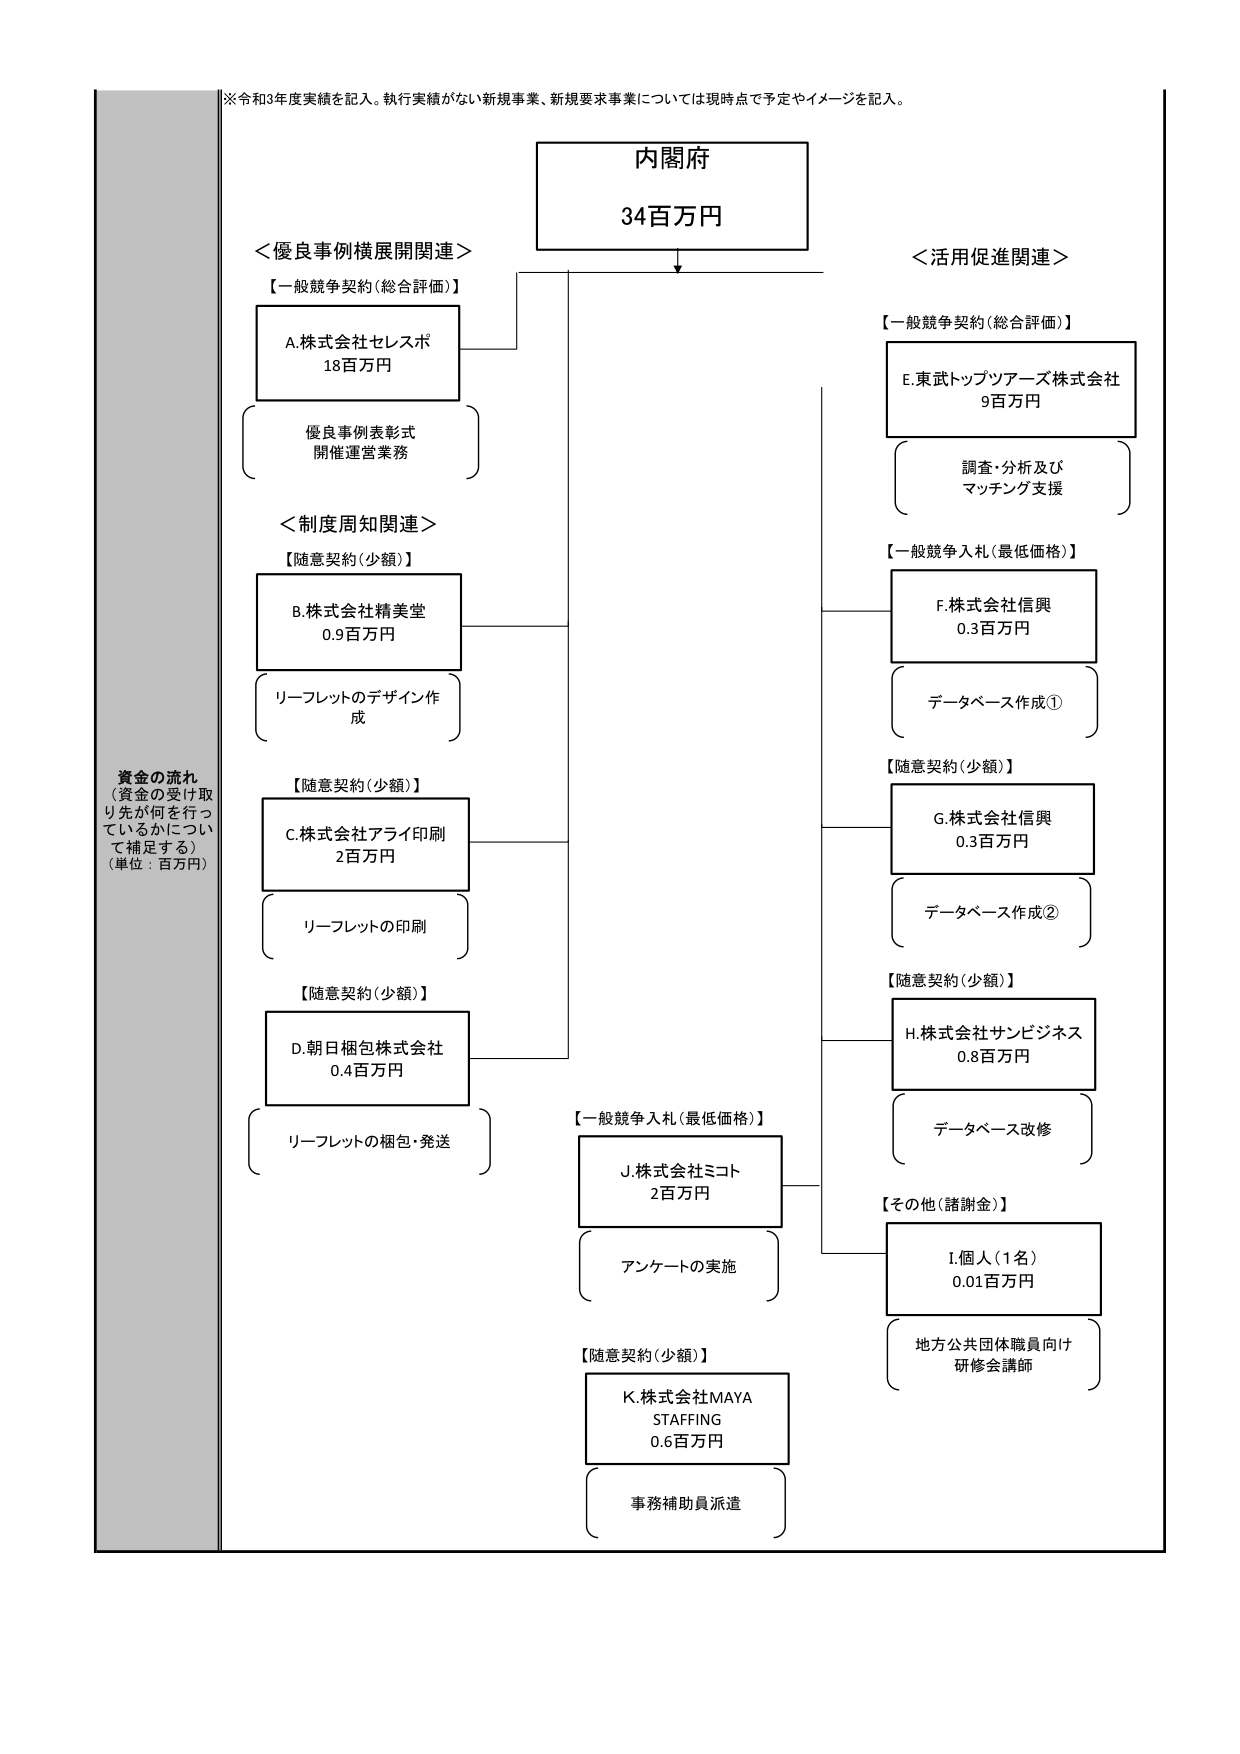
※令和3年度実績を記入。執行実績がない新規事業、新規要求事業については現時点で予定やイメージを記入。

内閣府
34百万円

＜優良事例横展開関連＞
【一般競争契約（総合評価）】
A.株式会社セレスポ
18百万円
優良事例表彰式
開催運営業務

＜制度周知関連＞
【随意契約（少額）】
B.株式会社精美堂
0.9百万円
リーフレットのデザイン作成

【随意契約（少額）】
C.株式会社アライ印刷
2百万円
リーフレットの印刷

【随意契約（少額）】
D.朝日梱包株式会社
0.4百万円
リーフレットの梱包・発送

＜活用促進関連＞
【一般競争契約（総合評価）】
E.東武トップツアーズ株式会社
9百万円
調査・分析及び
マッチング支援

【一般競争入札（最低価格）】
F.株式会社信興
0.3百万円
データベース作成①

【随意契約（少額）】
G.株式会社信興
0.3百万円
データベース作成②

【随意契約（少額）】
H.株式会社サンビジネス
0.8百万円
データベース改修

【一般競争入札（最低価格）】
J.株式会社ミコト
2百万円
アンケートの実施

【随意契約（少額）】
K.株式会社MAYA
STAFFING
0.6百万円
事務補助員派遣

【その他（諸謝金）】
I.個人（1名）
0.01百万円
地方公共団体職員向け
研修会講師

資金の流れ
（資金の受け取り先が何を行っているかについて補足する）
（単位：百万円）